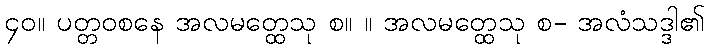
၄၀။ ပတ္တဝစနေ အလမတ္ထေသု စ။ ။ အလမတ္ထေသု စ- အလံသဒ္ဒါ၏